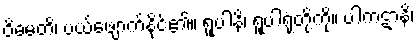
ဝိဓမတိ၊ ပယ်ဖျောက်နိုင်၏။ ရူပါနိ၊ ရူပါရုံတို့ကို။ ပါကဋာနိ၊